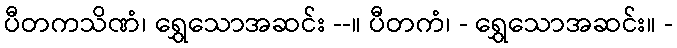
ပီတကသိဏံ၊ ရွှေသောအဆင်း --။ ပီတကံ၊ - ရွှေသောအဆင်း။ -